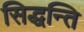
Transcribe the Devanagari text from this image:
सिद्धन्ति